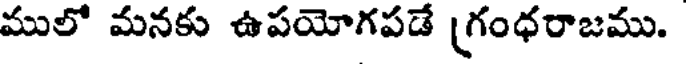
ములో మనకు ఉపయోగపడే (గంధరాజము.